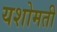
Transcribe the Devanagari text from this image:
यशोमती